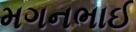
મગનભાઈ